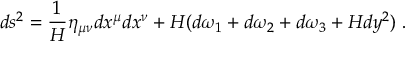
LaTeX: d s ^ { 2 } = \frac { 1 } { H } \eta _ { \mu \nu } d x ^ { \mu } d x ^ { \nu } + H ( d \omega _ { 1 } + d \omega _ { 2 } + d \omega _ { 3 } + H d y ^ { 2 } ) \; .